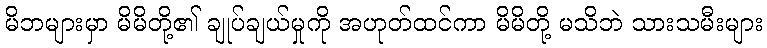
မိဘများမှာ မိမိတို့၏ ချုပ်ချယ်မှုကို အဟုတ်ထင်ကာ မိမိတို့ မသိဘဲ သားသမီးများ